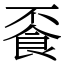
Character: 䬩